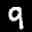
Label: 9